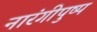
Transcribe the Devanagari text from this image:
नारंगीपुष्प